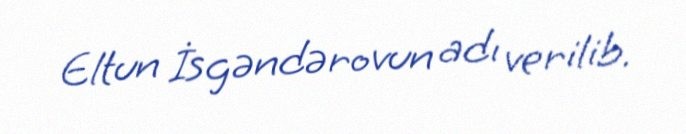
Eltun İsgəndərovun adı verilib.